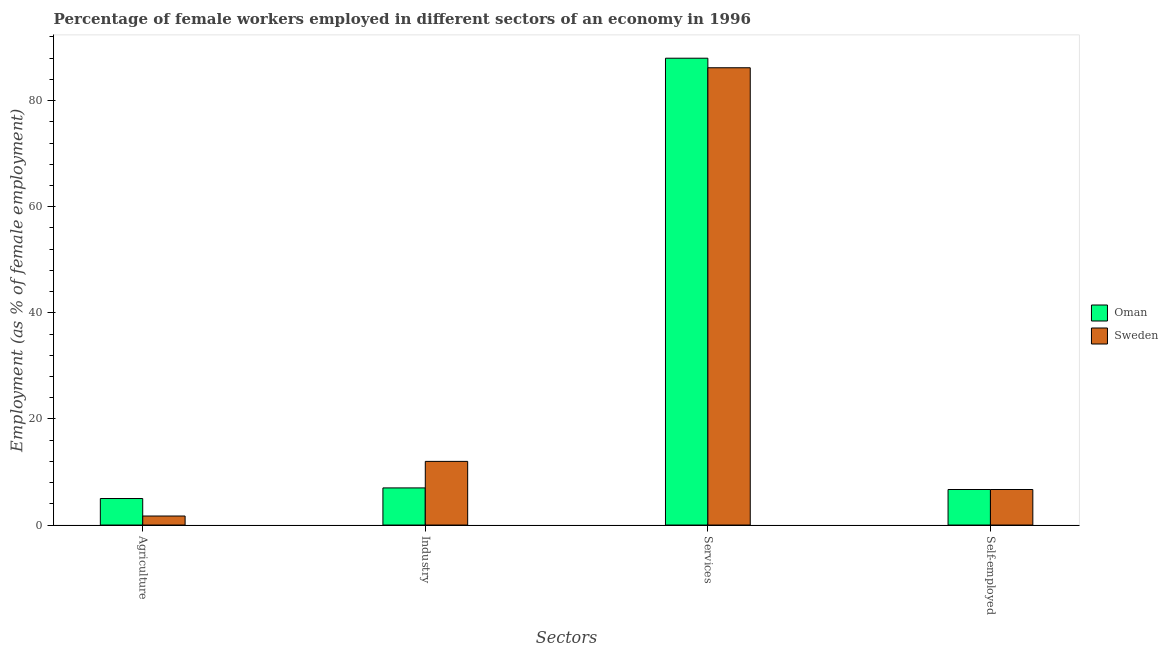
| Sectors | Oman | Sweden |
 | --- | --- | --- |
 | Agriculture | 5 | 1.7 |
 | Industry | 7 | 12 |
 | Services | 88 | 86.2 |
 | Self-employed | 6.7 | 6.7 |